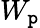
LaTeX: W_{\mathtt{p}}